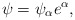
\begin{align*}\psi=\psi_\alpha e^{\alpha},\end{align*}